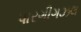
પારગીગઝલ